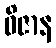
ဝိဇာန